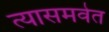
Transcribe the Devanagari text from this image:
त्यासमवेत